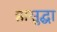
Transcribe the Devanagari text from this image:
हासुद्घा